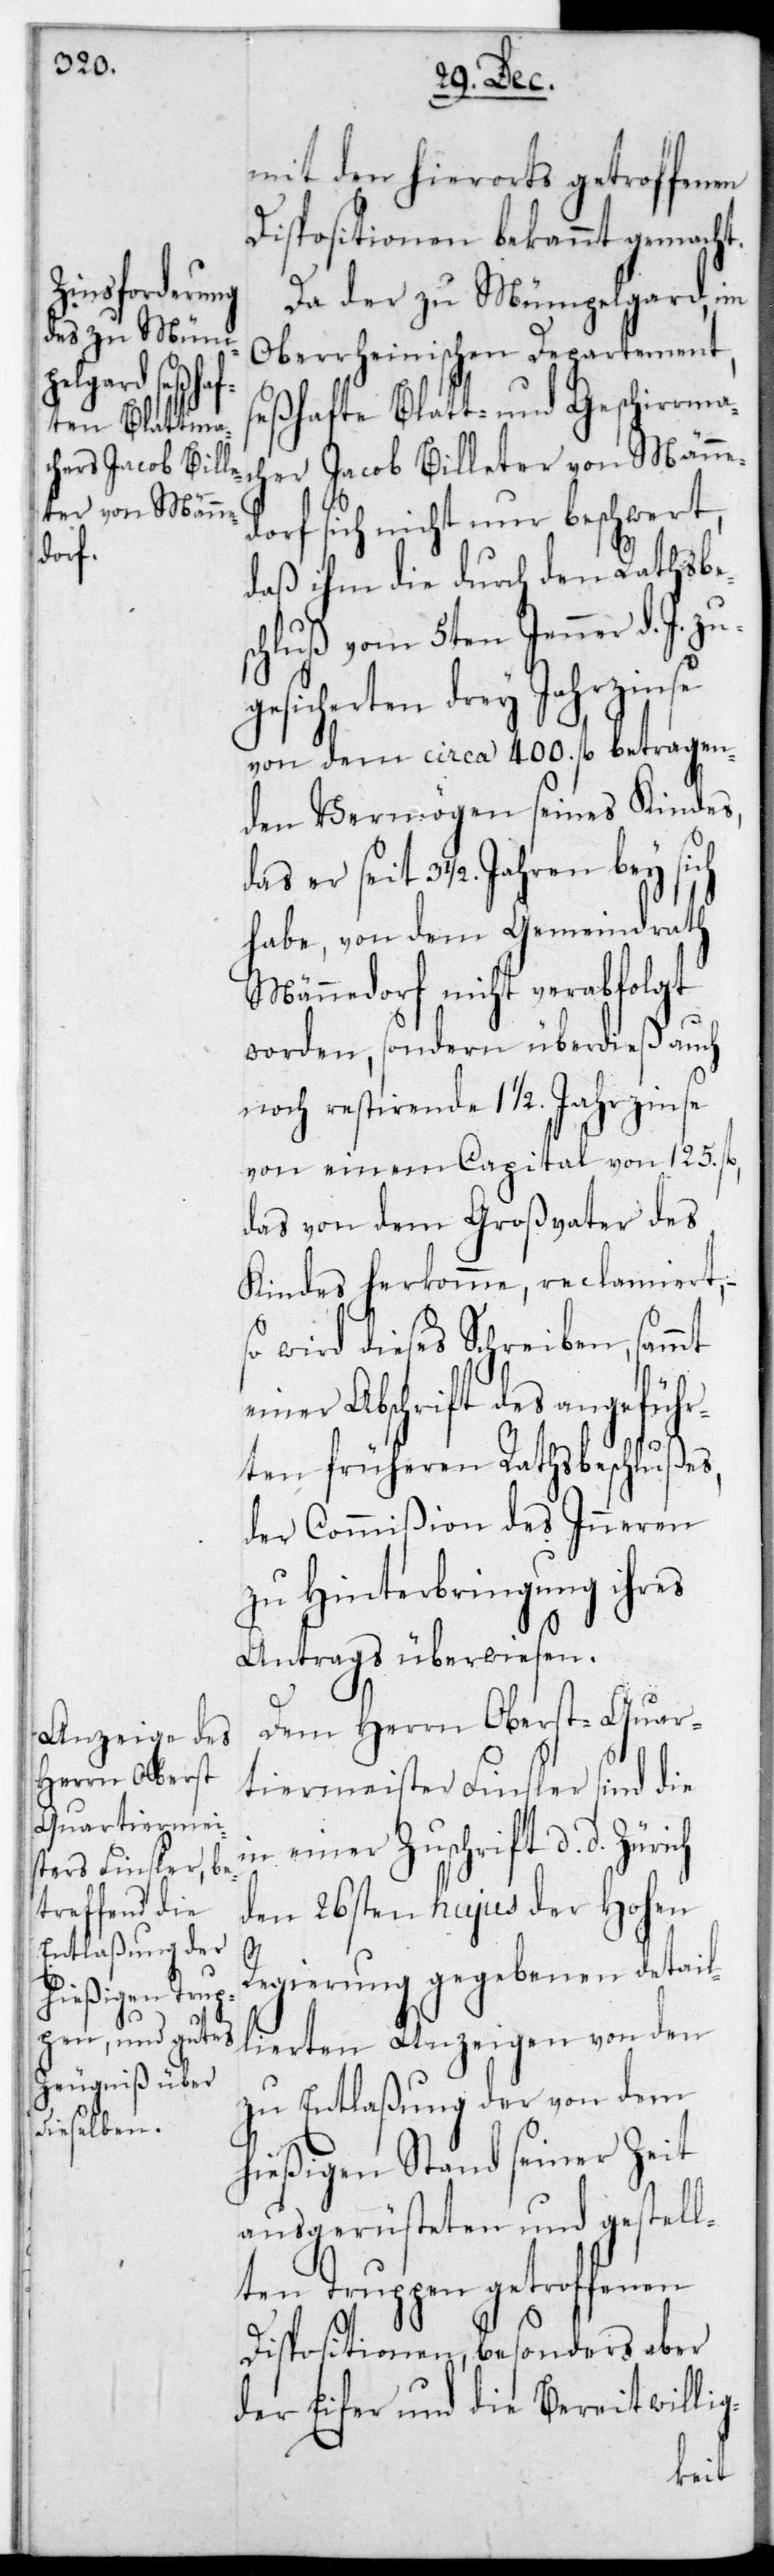
mit den hierorts getroffenen
Dispositionen bekannt gemacht.
Da der zu Mümpelgard im
Oberrheinischen Departement
seßhafte Blatt- und Geschirrma¬
cher Jacob Billeter von Männe¬
dorf sich nicht nur beschwert,
daß ihm die durch den Rathsbe¬
chluß vom 5ten Jenner d. J. zu¬
geliefereten drey Jahrzinse
von dem circa 400. fl. betragen¬
den Vermögen seines Kindes,
seit 3 1/2. Jahren bey sich
habe, von dem Gemeindrath
Männedorf nicht verabfolgt
worden, sondern überdieß auch
noch restierende 11/2. Jahrzinse
von einem Capital von 125. fl.
das von dem Großvater des
Kindes herkomme, reclamiert,
wird dieses Schreiben sammt
einer Abschrift des angeführ¬
ten früheren Rathsbeschlußes,
der Commißion des Inneren
zu Hinterbringung ihres
Antrags überwiesen.
Dem Herrn Oberstquar¬
tiermeister Finsler sind die
n einer Zuschrift, datiert
den 26sten hujus der Hohen
s¬
Regierung gegebenen detail¬
lierten Anzeigen von den
zu Entlaßung der von dem
hießigen Stand seiner Zeit
ausgerüsteten und gestell¬
ten Truppen getroffenen
Dispositionen, besonders aber
der Eifer und die Bereitwillig-
i¬